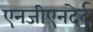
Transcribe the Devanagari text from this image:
एनजीएनदेर्द्